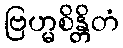
ဗြဟ္မစိန္တိတံ